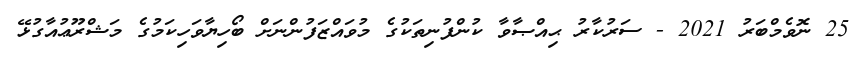
25 ނޮވެމްބަރު 2021 - ސަރުކާރު ޙިއްޞާވާ ކުންފުނިތަކުގެ މުވައްޒަފުންނަށް ބޯހިޔާވަހިކަމުގެ މަޝްރޫޢުއާގުޅޭ